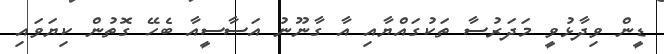
ޑީން ވިދާޅުވީ މަދަރުސާ ތަކުގައްޔާއި އާ ގާނޫނު އަސާސީއާ ބެހޭ ގޮތުން ކިޔަވައި